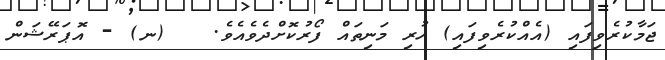
ޖަމާކުރެވިފައި (އެއްކުރެވިފައި) ހުރި މަނިތައް ފޯރުކޮށްދެވެއެވެ.   (ނ) - އޮޕަރޭޝަން